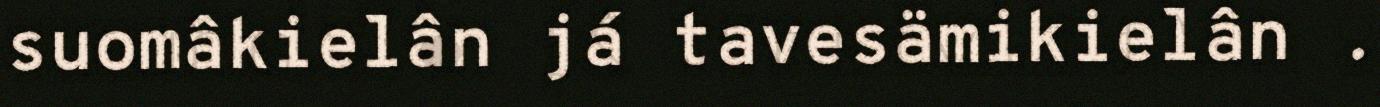
suomâkielân já tavesämikielân .